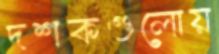
দশকগুলোয়